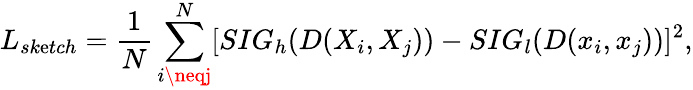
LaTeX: L_{sk\mathrm{e}tch}=\frac{{1}}{{N}}\sum_{i\neqj}^{N}[SIG_{h}(D(X_{i},X_{j}))-SIG_{l}(D(x_{i},x_{j}))]^{2},